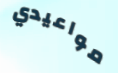
مواعيدي